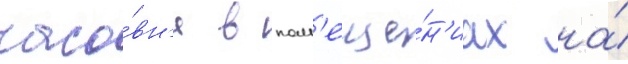
часо́вн'я в пом'еще́н'иах на́